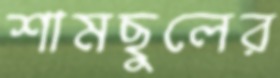
শামছুলের